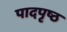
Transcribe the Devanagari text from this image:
पादपृष्ठ